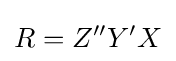
R=Z''Y'X